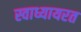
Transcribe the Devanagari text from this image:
स्वाध्यायरत